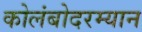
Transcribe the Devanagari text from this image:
कोलंबोदरम्यान